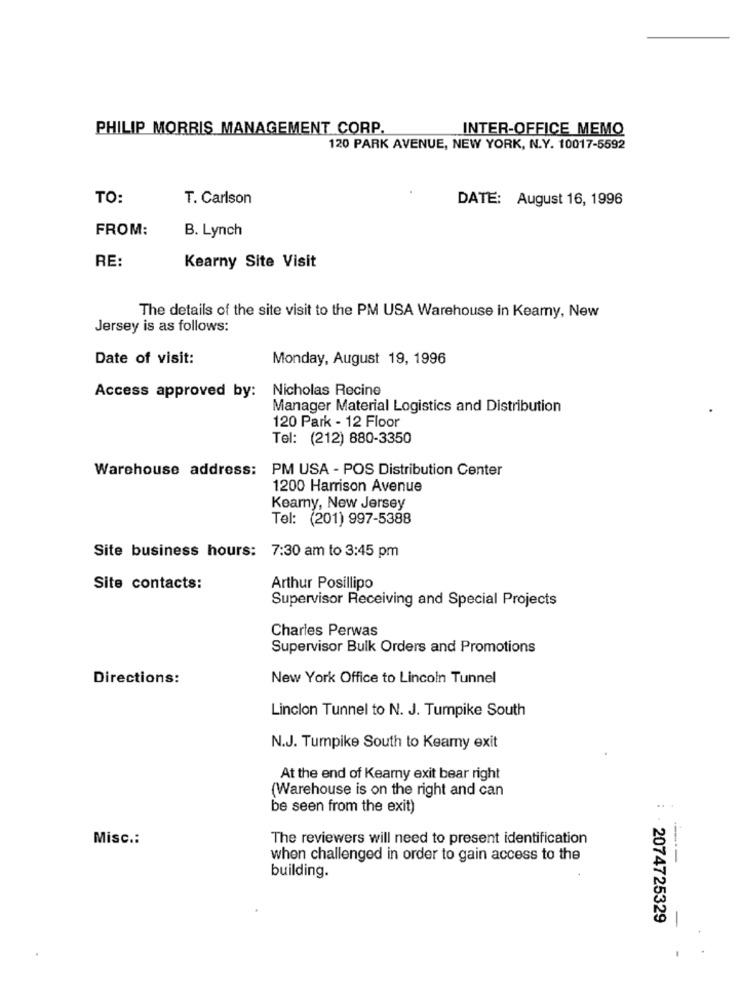
PHILIP MORRIS MANAGEMENT CORP
INTER-OFFICE MEMO
120 PARK AVENUE, NEW YORK, N.Y. 10017-5592
TO:
T. Carlson
DATE: August 16, 1996
FROM:
B. Lynch
RE
Kearny Site Visit
The details of the site visit to the PM USA Warehouse in Kearny, New
Jersey is as follows:
Date of visit:
Monday, August 19, 1996
Nicholas Recine
Access approved by:
Manager Material Logistics and Distribution
120 Park - 12 Floor
Tel: (212) 880-3350
Warehouse address: PM USA - POS Distribution Center
1200 Harrison Avenue
Kearny, New Jersey
Tel: (201) 997-5388
Site business hours: 7:30 am to 3:45 pm
Site contacts:
Arthur Posillipo
Supervisor Receiving and Special Projects
Charles Perwas
Supervisor Bulk Orders and Promotions
Directions:
New York Office to Lincoln Tunnel
Linclon Tunnel to N. J. Tumpike South
N.J. Tumpike South to Keamy exit
At the end of Kearny exit bear right
(Warehouse is on the right and can
be seen from the exit)
Misc .:
The reviewers will need to present identification
when challenged in order to gain access to the
-----
building.
2074725329